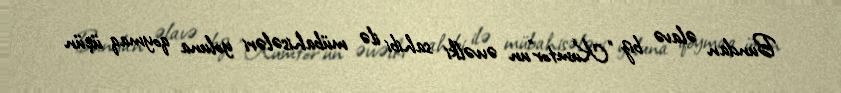
Bundan əlavə biz “Kumtor”un əvvəlki sahibi ilə mübahisələri yoluna qoymaq üçün